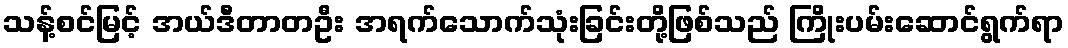
သန့်စင်မြင့် အယ်ဒီတာတဦး အရက်သောက်သုံးခြင်းတို့ဖြစ်သည် ကြိုးပမ်းဆောင်ရွက်ရာ